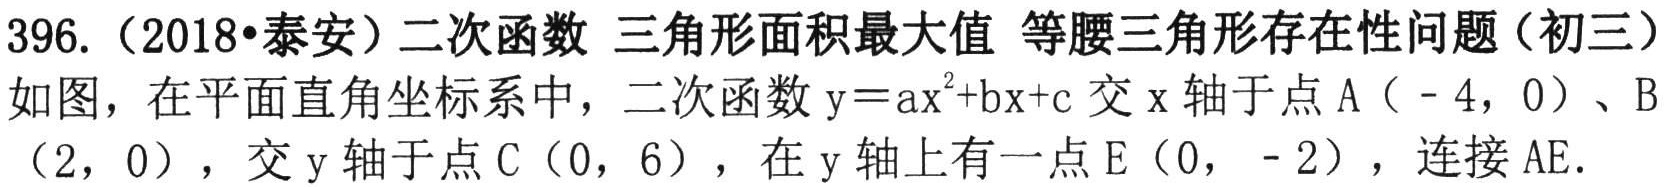
396.（2018•泰安）二次函数 三角形面积最大值 等腰三角形存在性问题（初三）
如图，在平面直角坐标系中，二次函数\(y = ax^{2}+bx + c\)交\(x\)轴于点\(A(-4,0)\)、\(B(2,0)\)，交\(y\)轴于点\(C(0,6)\)，在\(y\)轴上有一点\(E(0,- 2)\)，连接\(AE\)．